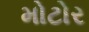
મોટોર